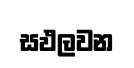
සඵලවන